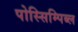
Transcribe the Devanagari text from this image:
पोस्सिम्पिब्ल